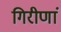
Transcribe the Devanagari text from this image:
गिरीणां